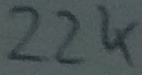
Text: 22K